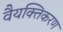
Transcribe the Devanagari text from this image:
वैयक्तिकरण